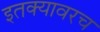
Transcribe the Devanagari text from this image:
इतक्यावरच